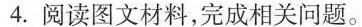
4.阅读图文材料，完成相关问题。